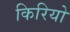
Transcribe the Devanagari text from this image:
किरियो